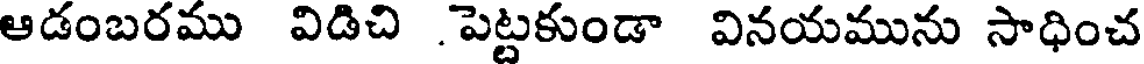
ఆడంబరము విడిచి పెట్టకుండా వినయమును సాధించ